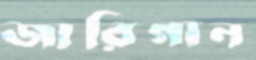
জারিগান